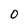
Character: O